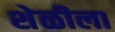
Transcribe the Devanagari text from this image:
शेळीला